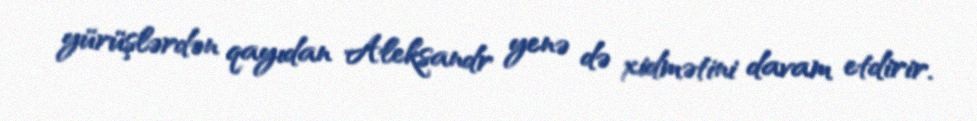
yürüşlərdən qayıdan Aleksandr yenə də xidmətini davam etdirir.